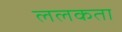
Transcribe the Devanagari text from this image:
ललकता